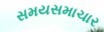
સમયસમાચાર